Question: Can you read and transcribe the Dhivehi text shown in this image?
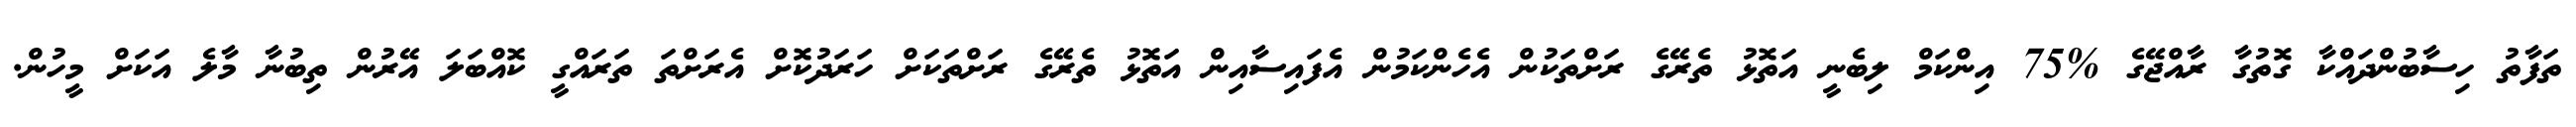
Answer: ތަފާތު ހިސާބުންދައްކާ ގޮތުގާ ރާއްޖޭގެ %75 އިންކަމް ލިބެނީ އަތޮޅު ތެރޭގެ ރަށްތަކުން އެހެންކަމުން އެފައިސާއިން އަތޮޅު ތެރޭގެ ރަށްތަކަށް ހަރަދުކޮށް އެރަށްތަ ތަރައްގީ ކޮއްބަލަ އޭރުން ތިބުނާ މާލެ އަކަށް މީހުން.